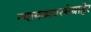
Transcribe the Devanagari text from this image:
न्यायव्यवस्थेबाहेर